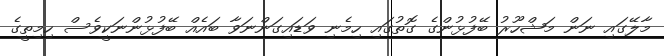
މާލޭގައި ނަން މަޝްހޫރު ބޭފުޅުންގެ ގޮތުގައި ހިމެނި ވަޑައިގަންނަވާ ބައެއް ބޭފުޅުންނަކީވެސް ހިމިތީގެ